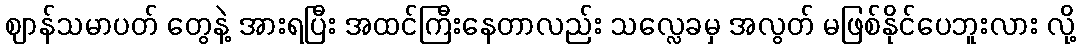
ဈာန်သမာပတ် တွေနဲ့ အားရပြီး အထင်ကြီးနေတာလည်း သလ္လေခမှ အလွတ် မဖြစ်နိုင်ပေဘူးလား လို့